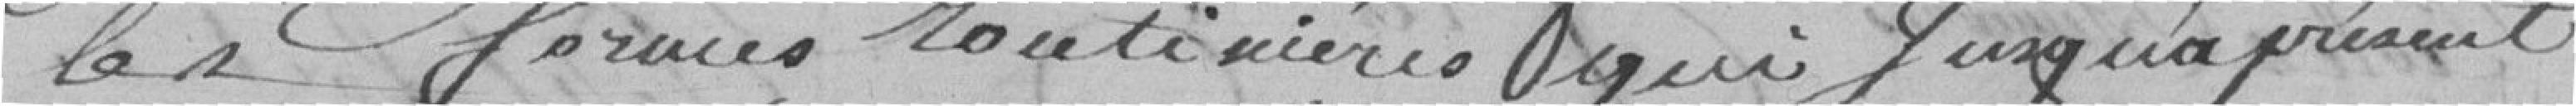
les formes routinières qui jusqu'à présent